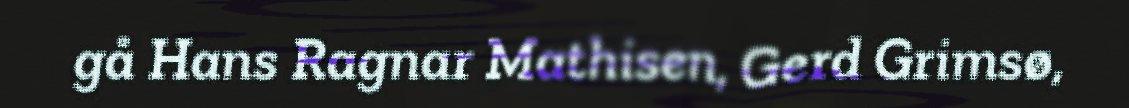
gå Hans Ragnar Mathisen, Gerd Grimsø,